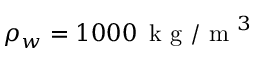
\rho _ { w } = 1 0 0 0 \, \mathrm { ~ k ~ g ~ / ~ m ~ } ^ { 3 }